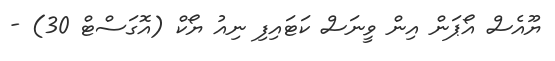
ޔޫއެސް އޯޕަން އިން ވީނަސް ކަޓައިފި ނިއު ޔޯކް (އޮގަސްޓް 30) -